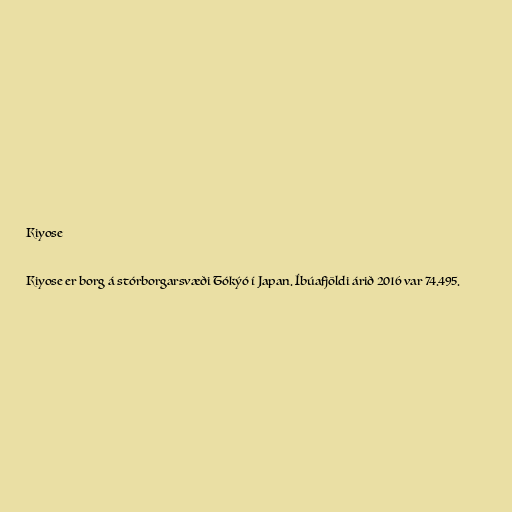
Kiyose

Kiyose er borg á stórborgarsvæði Tókýó í Japan. Íbúafjöldi árið 2016 var 74.495.